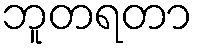
ဘူတရတာ